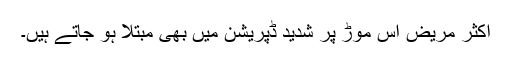
اکثر مریض اس موڑ پر شدید ڈپریشن میں بھی مبتلا ہو جاتے ہیں۔